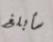
سأبلغ